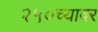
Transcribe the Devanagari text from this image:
२५०च्यावर